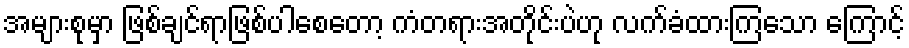
အများစုမှာ ဖြစ်ချင်ရာဖြစ်ပါစေတော့ ကံတရားအတိုင်းပဲဟု လက်ခံထားကြသော ကြောင့်